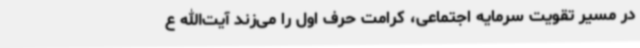
در مسیر تقویت سرمایه‌ اجتماعی، کرامت حرف اول را می‌زند آیت‌الله ع